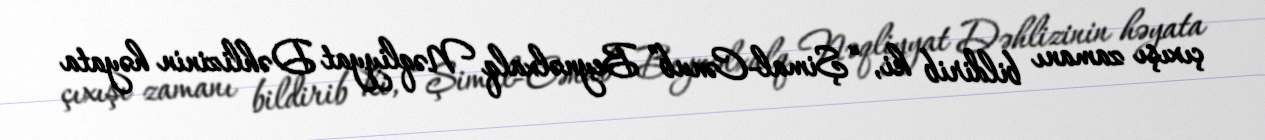
çıxışı zamanı bildirib ki, “Şimal-Cənub” Beynəlxalq Nəqliyyat Dəhlizinin həyata